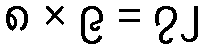
၈ × ၉ = ၇၂